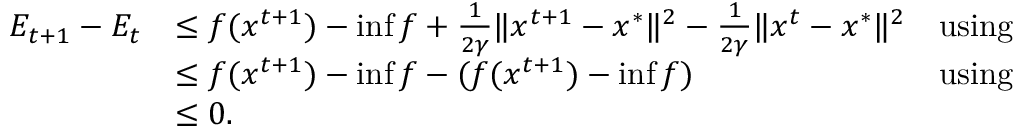
\begin{array} { r l r } { E _ { t + 1 } - E _ { t } } & { \leq f ( x ^ { t + 1 } ) - \operatorname* { i n f } f + \frac { 1 } { 2 \gamma } \Vert x ^ { t + 1 } - x ^ { * } \Vert ^ { 2 } - \frac { 1 } { 2 \gamma } \Vert x ^ { t } - x ^ { * } \Vert ^ { 2 } } & { \mathrm { u s i n g ~ } } \\ & { \leq f ( x ^ { t + 1 } ) - \operatorname* { i n f } f - ( f ( x ^ { t + 1 } ) - \operatorname* { i n f } f ) } & { \mathrm { u s i n g ~ } } \\ & { \leq 0 . } \end{array}